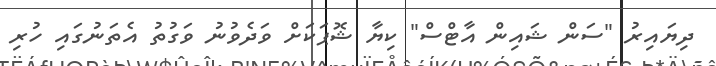
ދިޔައިރު "ސަން ޝައިން އާޓްސް" ކިޔާ ޝޮޕަކަށް ވަދެވުނު ވަގުތު އެތަނުގައި ހުރި